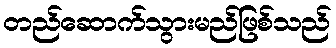
တည်ဆောက်သွားမည်ဖြစ်သည်